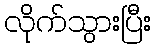
လိုက်သွားပြီး